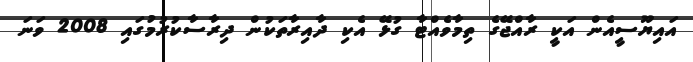
އައިޔޫސީއެން އަކީ ރާއްޖޭގެ ތިމާވެއްޓާ ގުޅޭ އެކި ދާއިރާތަކުން ދިރާސާކުރުމުގައި 2008 ވަނަ